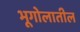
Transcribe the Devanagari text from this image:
भूगोलातील